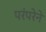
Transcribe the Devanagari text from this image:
परंंपरेने